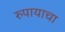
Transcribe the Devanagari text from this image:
रुपायाचा